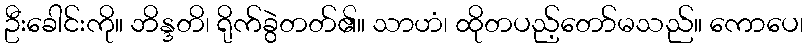
ဦးခေါင်းကို။ ဘိန္ဒတိ၊ ရိုက်ခွဲတတ်၏။ သာဟံ၊ ထိုတပည့်တော်မသည်။ ကောပေ၊